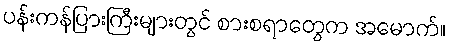
ပန်းကန်ပြားကြီးများတွင် စားစရာတွေက အမောက်။